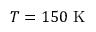
T = 1 5 0 ~ \mathrm { K }